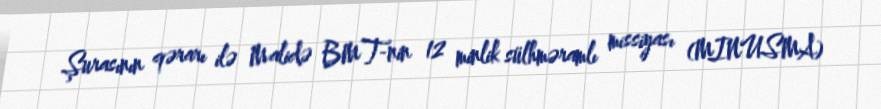
Şurasının qərarı ilə Malidə BMT-nin 12 minlik sülhməramlı missiyası (MINUSMA)